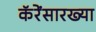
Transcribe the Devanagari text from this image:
कॅरेंसारख्या